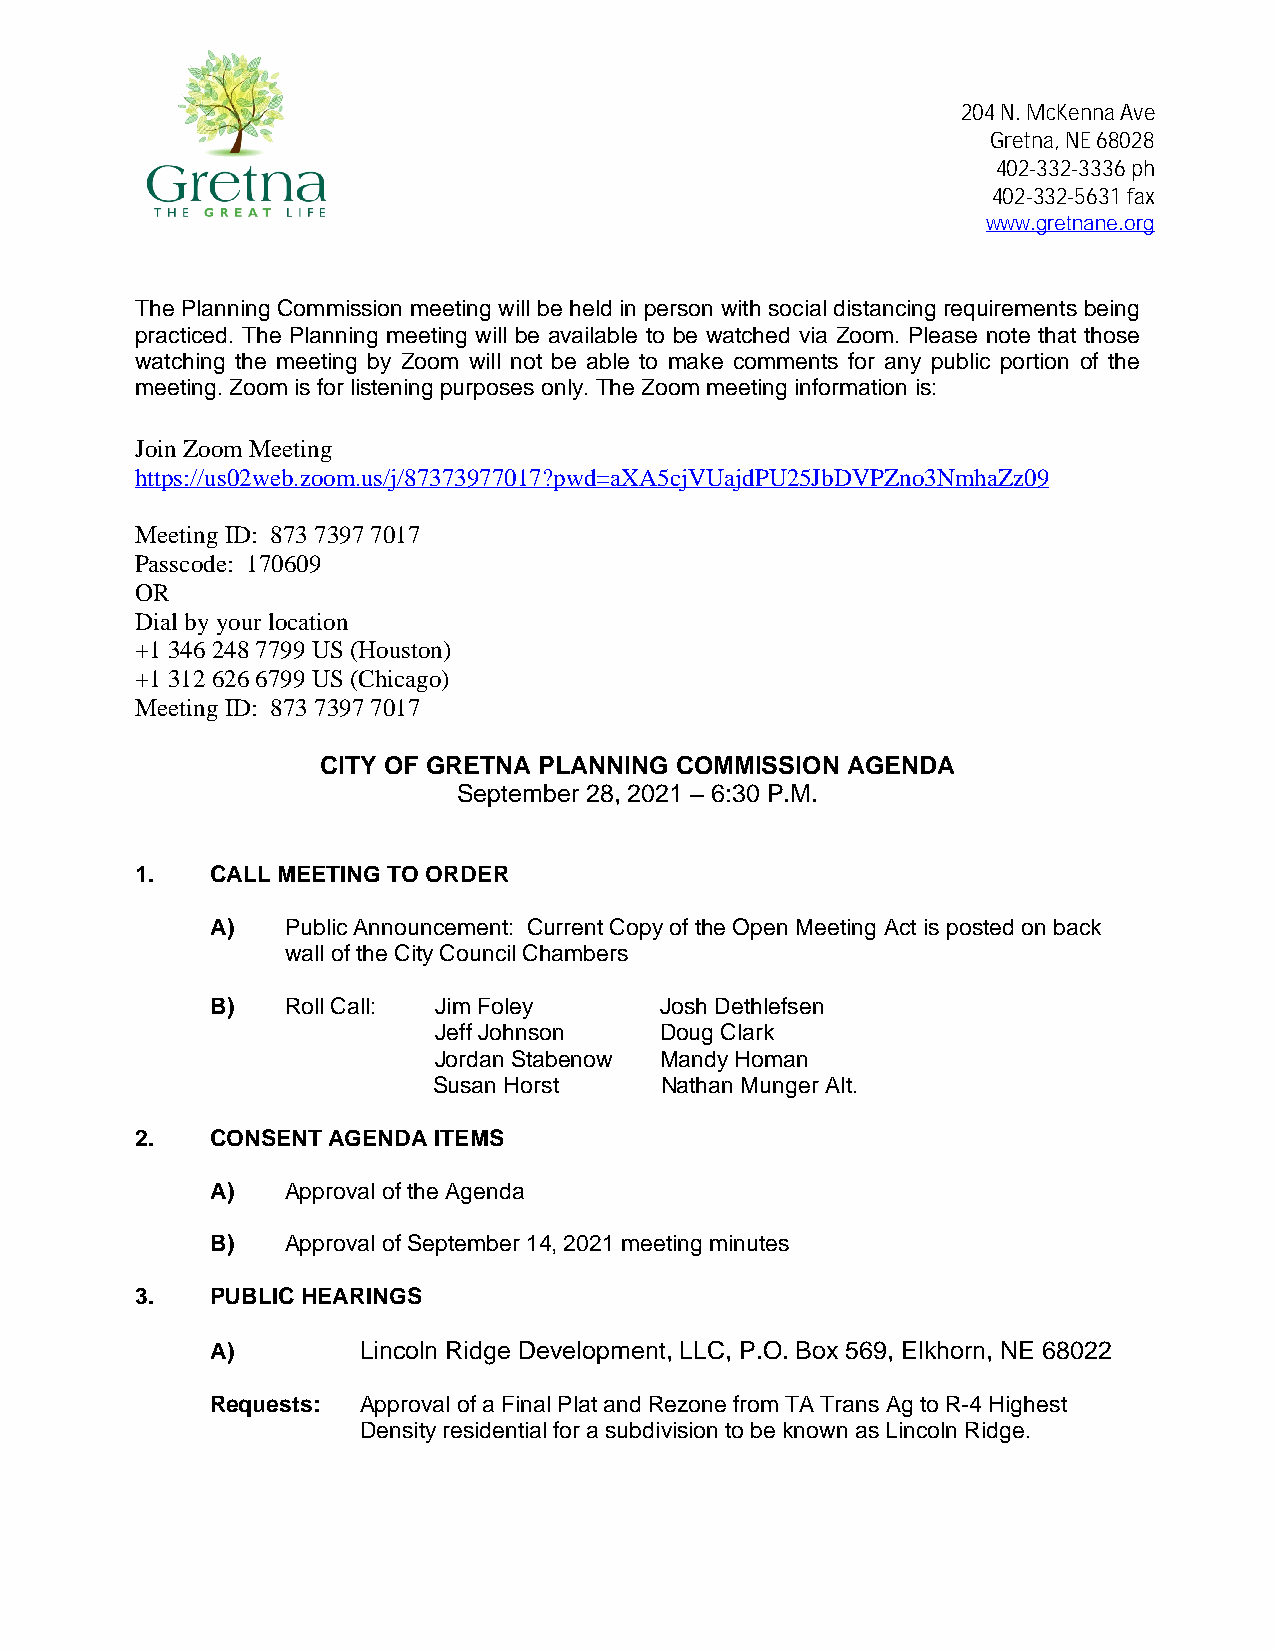
204 N. McKenna Ave
 Gretna, NE 68028
 402-332-3336 ph
 402-332-5631 fax
 www.gretnane.org
 The Planning Commission meeting will be held in person with social distancing requirements being
 practiced. The Planning meeting will be available to be watched via Zoom. Please note that those
 watching the meeting by Zoom will not be able to make comments for any public portion of the
 meeting. Zoom is for listening purposes only. The Zoom meeting information is:
 Join Zoom Meeting
 https://us02web.zoom.us/j/87373977017?pwd=aXA5cjVUajdPU25JbDVPZno3NmhaZz09
 Meeting ID: 873 7397 7017
 Passcode: 170609
 OR
 Dial by your location
 +1 346 248 7799 US (Houston)
 +1 312 626 6799 US (Chicago)
 Meeting ID: 873 7397 7017
 CITY OF GRETNA PLANNING COMMISSION AGENDA
 September 28, 2021 – 6:30 P.M.
 1.   CALL MEETING TO ORDER
 A)   Public Announcement: Current Copy of the Open Meeting Act is posted on back
 wall of the City Council Chambers
 B)   Roll Call: Jim Foley     Josh Dethlefsen
 Jeff Johnson   Doug Clark
 Jordan Stabenow Mandy Homan
 Susan Horst    Nathan Munger Alt.
 2.   CONSENT AGENDA ITEMS
 A)   Approval of the Agenda
 B)   Approval of September 14, 2021 meeting minutes
 3.   PUBLIC HEARINGS
 A)        Lincoln Ridge Development, LLC, P.O. Box 569, Elkhorn, NE 68022
 Requests: Approval of a Final Plat and Rezone from TA Trans Ag to R-4 Highest
 Density residential for a subdivision to be known as Lincoln Ridge.